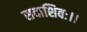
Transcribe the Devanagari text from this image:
सदाशिवः।।